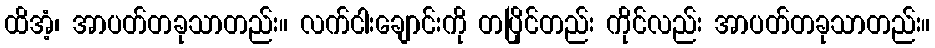
ထိအံ့၊ အာပတ်တခုသာတည်း။ လက်ငါးချောင်းကို တပြိုင်တည်း ကိုင်လည်း အာပတ်တခုသာတည်း။